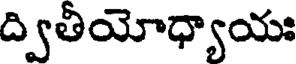
ద్వితీయోధ్యాయః